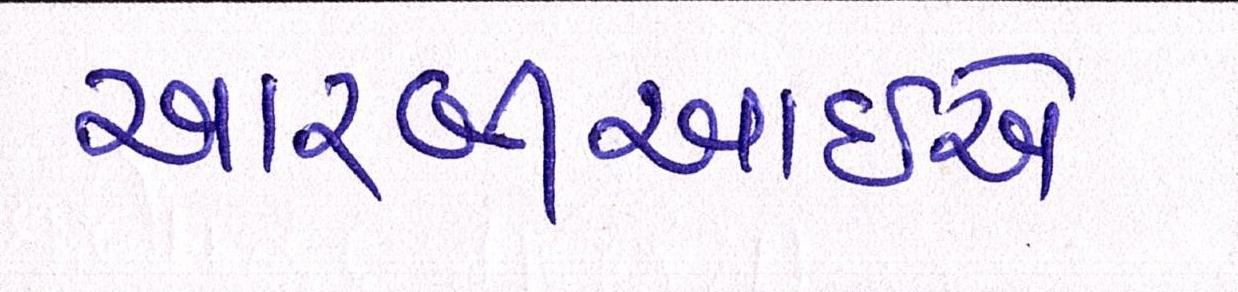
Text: આરબીઆઇએ